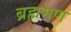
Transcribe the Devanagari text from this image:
ब्रह्ममण